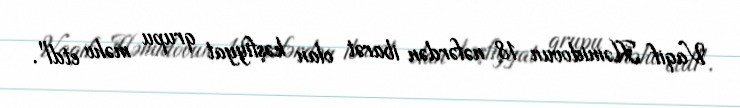
Vaqif Həmidovun 18 nəfərdən ibarət olan kəşfiyyat qrupu məhv etdi".